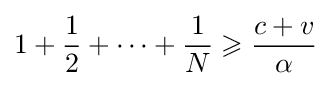
1+{\frac {1}{2}}+\cdots +{\frac {1}{N}}\geqslant {\frac {c+v}{\alpha }}